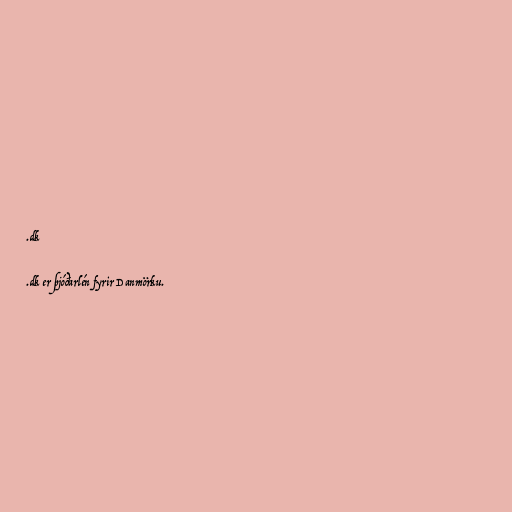
.dk

.dk er þjóðarlén fyrir Danmörku.